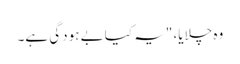
وہ چلایا، "یہ کیا بے ہودگی ہے۔